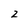
Character: z